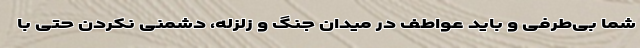
شما بی‌طرفی و باید عواطف در میدان جنگ و زلزله، دشمنی نکردن حتی با